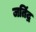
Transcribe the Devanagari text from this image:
जतिंद्र